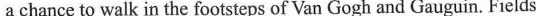
a chance to walk in the footsteps of Van Gogh and Gauguin. Fields